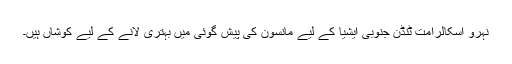
نہرو اسکالرامت ٹنڈن جنوبی ایشیا کے لیے مانسون کی پیش گوئی میں بہتری لانے کے لیے کوشاں ہیں۔